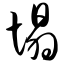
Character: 塌